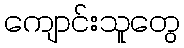
ကျောင်းသူတွေ